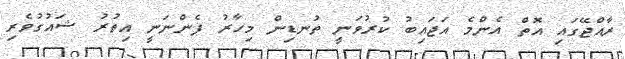
ރާއްޖޭގައި އޮތް އެންމެ އަޖައިބު ކުރުވަނީ ތުނޑިން މިހާރު ފެންނަނީ އިތުރު ޝައުގުވެރި